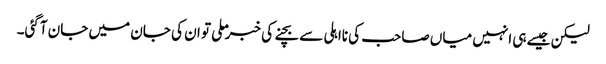
لیکن جیسے ہی انہیں میاں صاحب کی نااہلی سے بچنے کی خبر ملی تو ان کی جان میں جان آگئی۔